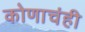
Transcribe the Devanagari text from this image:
कोणाचंही